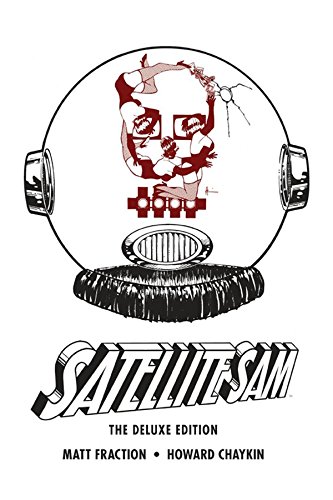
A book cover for Satellite Sam Deluxe HC; Matt Fraction; Comics & Graphic Novels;